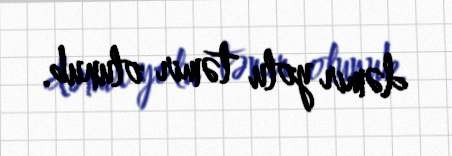
dəmir yolu təmir olunub.